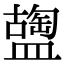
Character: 𥂩